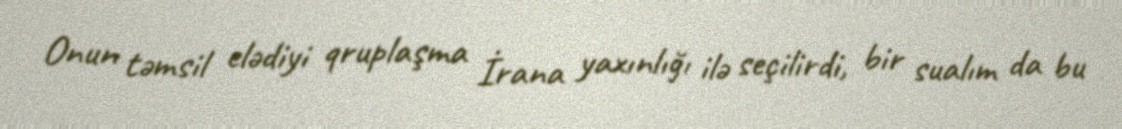
Onun təmsil elədiyi qruplaşma İrana yaxınlığı ilə seçilirdi, bir sualım da bu